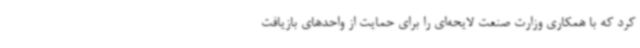
کرد که با همکاری وزارت صنعت لایحه‌ای را برای حمایت از واحدهای بازیافت